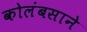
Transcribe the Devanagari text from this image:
कोलंबसाने